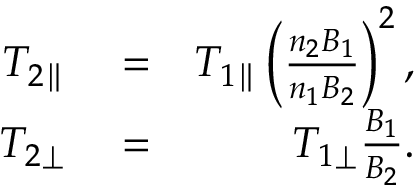
\begin{array} { r l r } { T _ { 2 \parallel } } & { { } = } & { T _ { 1 \parallel } \left( \frac { n _ { 2 } B _ { 1 } } { n _ { 1 } B _ { 2 } } \right) ^ { 2 } , } \\ { T _ { 2 \perp } } & { { } = } & { T _ { 1 \perp } \frac { B _ { 1 } } { B _ { 2 } } . } \end{array}